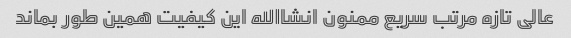
عالی تازه مرتب سریع ممنون انشاالله این کیفیت همین طور بماند